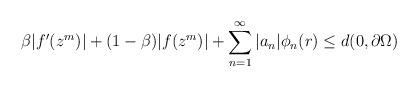
LaTeX: \begin{align*}\beta |f'(z^m)| +(1-\beta)|f(z^m)| + \sum_{n=1}^{\infty}|a_n|\phi_{n}(r) \leq d(0, \partial{\Omega})\end{align*}